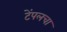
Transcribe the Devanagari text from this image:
टेंपलचा